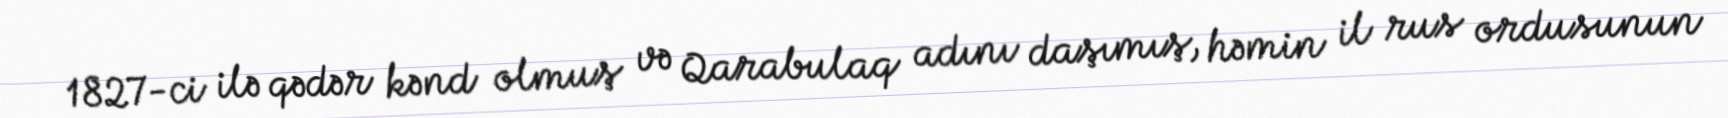
1827-ci ilə qədər kənd olmuş və Qarabulaq adını daşımış, həmin il rus ordusunun